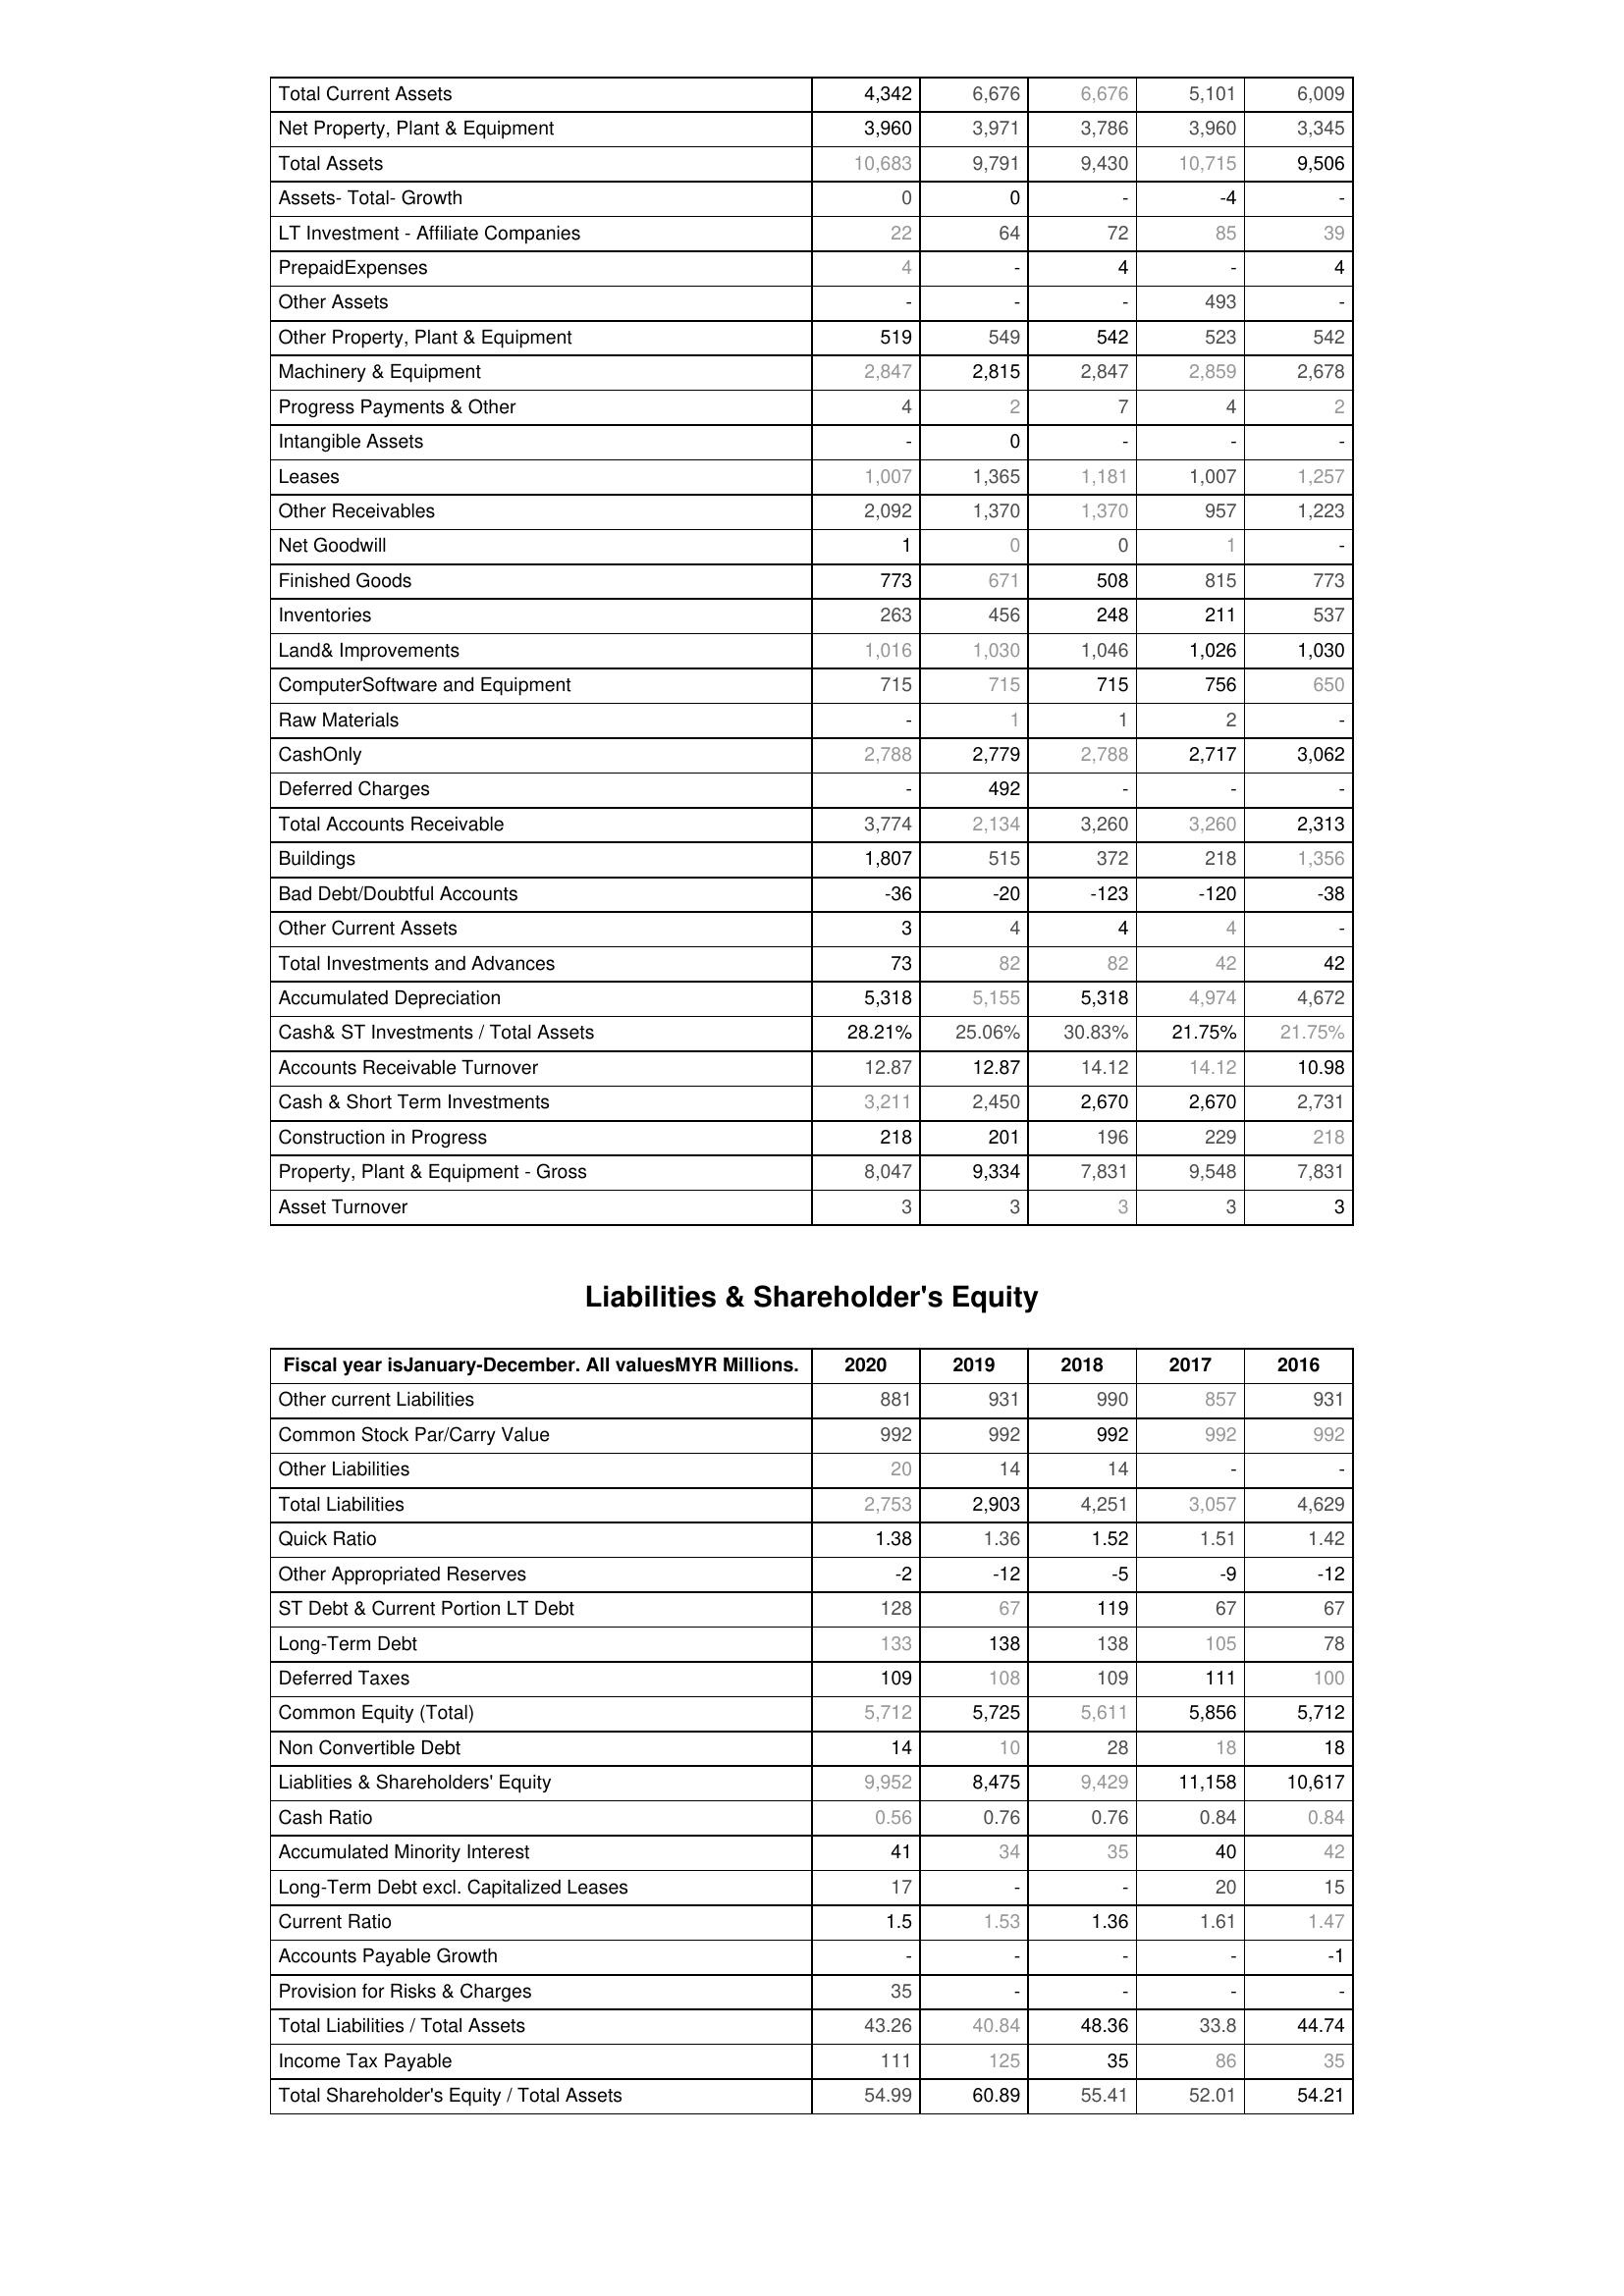
2020: Assets: Total Current Assets: 4,342
Net Property, Plant & Equipment: 3,960
Total Assets: 10,683
Assets- Total- Growth: 0
LT Investment - Affiliate Companies: 22
PrepaidExpenses: 4
Other Assets: -
Other Property, Plant & Equipment: 519
Machinery & Equipment: 2,847
Progress Payments & Other: 4
Intangible Assets: -
Leases: 1,007
Other Receivables: 2,092
Net Goodwill: 1
Finished Goods: 773
Inventories: 263
Land& Improvements: 1,016
ComputerSoftware and Equipment: 715
Raw Materials: -
CashOnly: 2,788
Deferred Charges: -
Total Accounts Receivable: 3,774
Buildings: 1,807
Bad Debt/Doubtful Accounts: -36
Other Current Assets: 3
Total Investments and Advances: 73
Accumulated Depreciation: 5,318
Cash& ST Investments / Total Assets: 28.21%
Accounts Receivable Turnover: 12.87
Cash & Short Term Investments: 3,211
Construction in Progress: 218
Property, Plant & Equipment - Gross : 8,047
Asset Turnover: 3
Liabilities & Shareholder's Equity: Other current Liabilities: 881
Common Stock Par/Carry Value: 992
Other Liabilities: 20
Total Liabilities: 2,753
Quick Ratio: 1.38
Other Appropriated Reserves: -2
ST Debt & Current Portion LT Debt: 128
Long-Term Debt: 133
Deferred Taxes: 109
Common Equity (Total): 5,712
Non Convertible Debt: 14
Liablities & Shareholders' Equity: 9,952
Cash Ratio: 0.56
Accumulated Minority Interest: 41
Long-Term Debt excl. Capitalized Leases: 17
Current Ratio: 1.5
Accounts Payable Growth: -
Provision for Risks & Charges: 35
Total Liabilities / Total Assets: 43.26
Income Tax Payable: 111
Total Shareholder's Equity / Total Assets: 54.99
2019: Assets: Total Current Assets: 6,676
Net Property, Plant & Equipment: 3,971
Total Assets: 9,791
Assets- Total- Growth: 0
LT Investment - Affiliate Companies: 64
PrepaidExpenses: -
Other Assets: -
Other Property, Plant & Equipment: 549
Machinery & Equipment: 2,815
Progress Payments & Other: 2
Intangible Assets: 0
Leases: 1,365
Other Receivables: 1,370
Net Goodwill: 0
Finished Goods: 671
Inventories: 456
Land& Improvements: 1,030
ComputerSoftware and Equipment: 715
Raw Materials: 1
CashOnly: 2,779
Deferred Charges: 492
Total Accounts Receivable: 2,134
Buildings: 515
Bad Debt/Doubtful Accounts: -20
Other Current Assets: 4
Total Investments and Advances: 82
Accumulated Depreciation: 5,155
Cash& ST Investments / Total Assets: 25.06%
Accounts Receivable Turnover: 12.87
Cash & Short Term Investments: 2,450
Construction in Progress: 201
Property, Plant & Equipment - Gross : 9,334
Asset Turnover: 3
Liabilities & Shareholder's Equity: Other current Liabilities: 931
Common Stock Par/Carry Value: 992
Other Liabilities: 14
Total Liabilities: 2,903
Quick Ratio: 1.36
Other Appropriated Reserves: -12
ST Debt & Current Portion LT Debt: 67
Long-Term Debt: 138
Deferred Taxes: 108
Common Equity (Total): 5,725
Non Convertible Debt: 10
Liablities & Shareholders' Equity: 8,475
Cash Ratio: 0.76
Accumulated Minority Interest: 34
Long-Term Debt excl. Capitalized Leases: -
Current Ratio: 1.53
Accounts Payable Growth: -
Provision for Risks & Charges: -
Total Liabilities / Total Assets: 40.84
Income Tax Payable: 125
Total Shareholder's Equity / Total Assets: 60.89
2018: Assets: Total Current Assets: 6,676
Net Property, Plant & Equipment: 3,786
Total Assets: 9,430
Assets- Total- Growth: -
LT Investment - Affiliate Companies: 72
PrepaidExpenses: 4
Other Assets: -
Other Property, Plant & Equipment: 542
Machinery & Equipment: 2,847
Progress Payments & Other: 7
Intangible Assets: -
Leases: 1,181
Other Receivables: 1,370
Net Goodwill: 0
Finished Goods: 508
Inventories: 248
Land& Improvements: 1,046
ComputerSoftware and Equipment: 715
Raw Materials: 1
CashOnly: 2,788
Deferred Charges: -
Total Accounts Receivable: 3,260
Buildings: 372
Bad Debt/Doubtful Accounts: -123
Other Current Assets: 4
Total Investments and Advances: 82
Accumulated Depreciation: 5,318
Cash& ST Investments / Total Assets: 30.83%
Accounts Receivable Turnover: 14.12
Cash & Short Term Investments: 2,670
Construction in Progress: 196
Property, Plant & Equipment - Gross : 7,831
Asset Turnover: 3
Liabilities & Shareholder's Equity: Other current Liabilities: 990
Common Stock Par/Carry Value: 992
Other Liabilities: 14
Total Liabilities: 4,251
Quick Ratio: 1.52
Other Appropriated Reserves: -5
ST Debt & Current Portion LT Debt: 119
Long-Term Debt: 138
Deferred Taxes: 109
Common Equity (Total): 5,611
Non Convertible Debt: 28
Liablities & Shareholders' Equity: 9,429
Cash Ratio: 0.76
Accumulated Minority Interest: 35
Long-Term Debt excl. Capitalized Leases: -
Current Ratio: 1.36
Accounts Payable Growth: -
Provision for Risks & Charges: -
Total Liabilities / Total Assets: 48.36
Income Tax Payable: 35
Total Shareholder's Equity / Total Assets: 55.41
2017: Assets: Total Current Assets: 5,101
Net Property, Plant & Equipment: 3,960
Total Assets: 10,715
Assets- Total- Growth: -4
LT Investment - Affiliate Companies: 85
PrepaidExpenses: -
Other Assets: 493
Other Property, Plant & Equipment: 523
Machinery & Equipment: 2,859
Progress Payments & Other: 4
Intangible Assets: -
Leases: 1,007
Other Receivables: 957
Net Goodwill: 1
Finished Goods: 815
Inventories: 211
Land& Improvements: 1,026
ComputerSoftware and Equipment: 756
Raw Materials: 2
CashOnly: 2,717
Deferred Charges: -
Total Accounts Receivable: 3,260
Buildings: 218
Bad Debt/Doubtful Accounts: -120
Other Current Assets: 4
Total Investments and Advances: 42
Accumulated Depreciation: 4,974
Cash& ST Investments / Total Assets: 21.75%
Accounts Receivable Turnover: 14.12
Cash & Short Term Investments: 2,670
Construction in Progress: 229
Property, Plant & Equipment - Gross : 9,548
Asset Turnover: 3
Liabilities & Shareholder's Equity: Other current Liabilities: 857
Common Stock Par/Carry Value: 992
Other Liabilities: -
Total Liabilities: 3,057
Quick Ratio: 1.51
Other Appropriated Reserves: -9
ST Debt & Current Portion LT Debt: 67
Long-Term Debt: 105
Deferred Taxes: 111
Common Equity (Total): 5,856
Non Convertible Debt: 18
Liablities & Shareholders' Equity: 11,158
Cash Ratio: 0.84
Accumulated Minority Interest: 40
Long-Term Debt excl. Capitalized Leases: 20
Current Ratio: 1.61
Accounts Payable Growth: -
Provision for Risks & Charges: -
Total Liabilities / Total Assets: 33.8
Income Tax Payable: 86
Total Shareholder's Equity / Total Assets: 52.01
2016: Assets: Total Current Assets: 6,009
Net Property, Plant & Equipment: 3,345
Total Assets: 9,506
Assets- Total- Growth: -
LT Investment - Affiliate Companies: 39
PrepaidExpenses: 4
Other Assets: -
Other Property, Plant & Equipment: 542
Machinery & Equipment: 2,678
Progress Payments & Other: 2
Intangible Assets: -
Leases: 1,257
Other Receivables: 1,223
Net Goodwill: -
Finished Goods: 773
Inventories: 537
Land& Improvements: 1,030
ComputerSoftware and Equipment: 650
Raw Materials: -
CashOnly: 3,062
Deferred Charges: -
Total Accounts Receivable: 2,313
Buildings: 1,356
Bad Debt/Doubtful Accounts: -38
Other Current Assets: -
Total Investments and Advances: 42
Accumulated Depreciation: 4,672
Cash& ST Investments / Total Assets: 21.75%
Accounts Receivable Turnover: 10.98
Cash & Short Term Investments: 2,731
Construction in Progress: 218
Property, Plant & Equipment - Gross : 7,831
Asset Turnover: 3
Liabilities & Shareholder's Equity: Other current Liabilities: 931
Common Stock Par/Carry Value: 992
Other Liabilities: -
Total Liabilities: 4,629
Quick Ratio: 1.42
Other Appropriated Reserves: -12
ST Debt & Current Portion LT Debt: 67
Long-Term Debt: 78
Deferred Taxes: 100
Common Equity (Total): 5,712
Non Convertible Debt: 18
Liablities & Shareholders' Equity: 10,617
Cash Ratio: 0.84
Accumulated Minority Interest: 42
Long-Term Debt excl. Capitalized Leases: 15
Current Ratio: 1.47
Accounts Payable Growth: -1
Provision for Risks & Charges: -
Total Liabilities / Total Assets: 44.74
Income Tax Payable: 35
Total Shareholder's Equity / Total Assets: 54.21